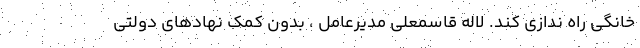
خانگی راه ندازی کند. لاله قاسمعلی مدیرعامل ، بدون کمک نهادهای دولتی